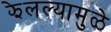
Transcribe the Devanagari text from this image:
झेलल्यामुळे